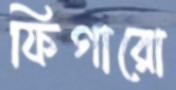
ফিগারো